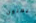
يصلون